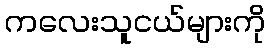
ကလေးသူငယ်များကို